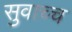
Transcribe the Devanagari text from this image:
सुवाच्च